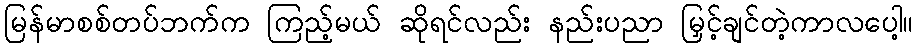
မြန်မာစစ်တပ်ဘက်က ကြည့်မယ် ဆိုရင်လည်း နည်းပညာ မြှင့်ချင်တဲ့ကာလပေါ့။